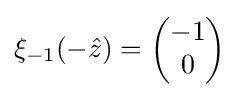
\xi _{-1}(-{\hat {z}})={\begin{pmatrix}-1\\0\end{pmatrix}}